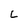
Character: L